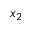
x _ { 2 }